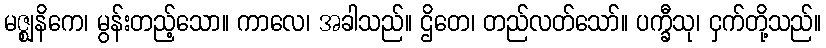
မဇ္ဈနိကေ၊ မွန်းတည့်သော။ ကာလေ၊ အခါသည်။ ဌိတေ၊ တည်လတ်သော်။ ပက္ခီသု၊ ငှက်တို့သည်။